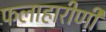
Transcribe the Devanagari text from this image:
फलाहारीणी